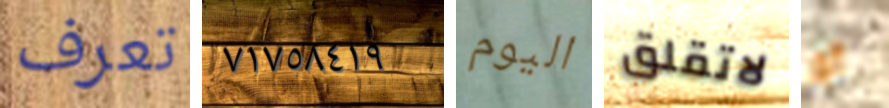
تعرف ٧١٧٥٨٤١٩ اليوم لاتقلق أو